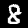
Label: 8